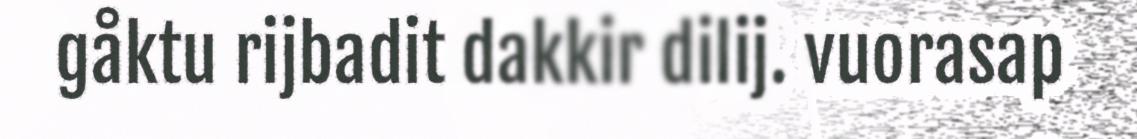
gåktu rijbadit dakkir dilij. vuorasap